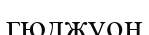
гюджуон